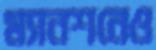
ম্যানশনেও